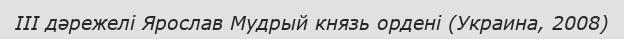
ІІІ дәрежелі Ярослав Мудрый князь ордені (Украина, 2008)